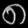
Digit: ၈